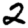
Digit: 2